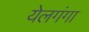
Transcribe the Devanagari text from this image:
येलगंगा